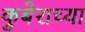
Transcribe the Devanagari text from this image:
कुबेराच्या